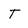
Character: T